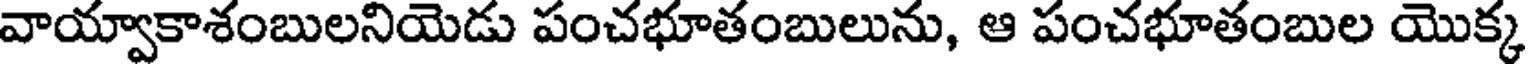
వాయ్వాకాశంబులనియెడు పంచభూతంబులును, ఆ పంచభూతంబుల యొక్క